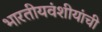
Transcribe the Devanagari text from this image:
भारतीयवंशीयांची